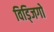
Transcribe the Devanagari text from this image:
विड्जिगो